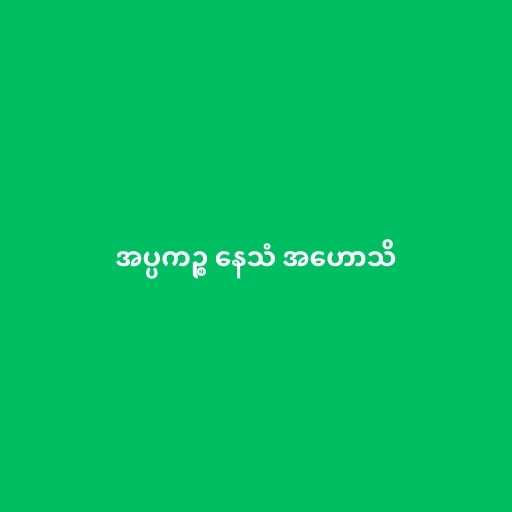
အပ္ပကဉ္စ နေသံ အဟောသိ